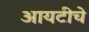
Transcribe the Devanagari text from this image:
आयटीचे